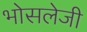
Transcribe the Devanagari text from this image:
भोसलेजी